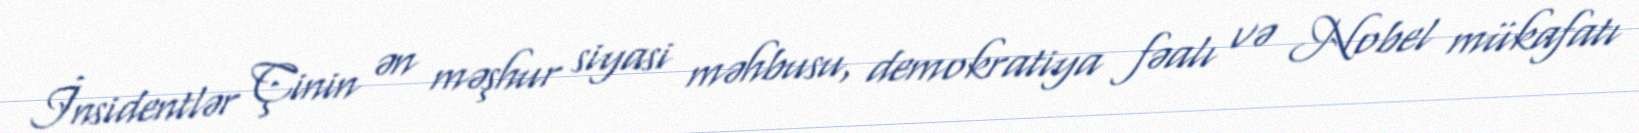
İnsidentlər Çinin ən məşhur siyasi məhbusu, demokratiya fəalı və Nobel mükafatı